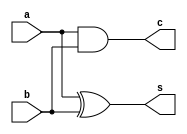
module half_adder (input a, b, output s, c);
assign s = a ^ b;
assign c = a & b;
endmodule